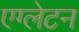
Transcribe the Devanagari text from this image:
एग्लेटन